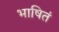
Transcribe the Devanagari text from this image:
भाषितं